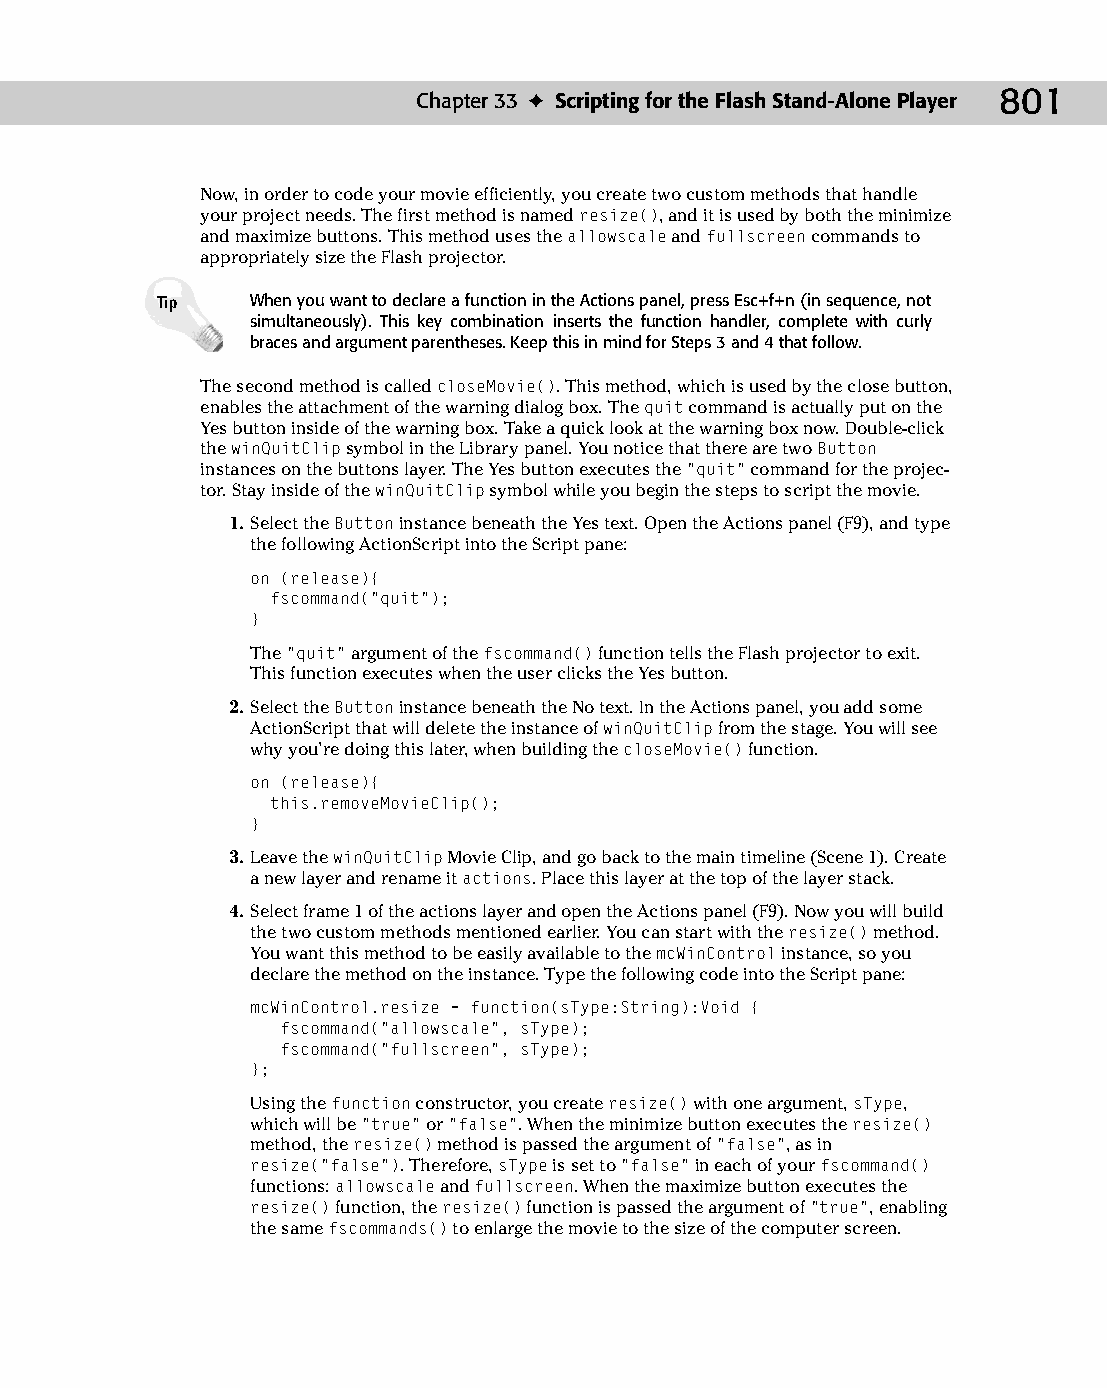
43 543547 ch33.qxd 3/24/04 4:16 PM Page 801
 Chapter 33 ✦ Scripting for the Flash Stand-Alone Player 801
 Now, in order to code your movie efficiently, you create two custom methods that handle
 your project needs. The first method is named resize(), and it is used by both the minimize
 and maximize buttons. This method uses the allowscale and fullscreen commands to
 appropriately size the Flash projector.
 Tip    When you want to declare a function in the Actions panel, press Esc+f+n (in sequence, not
 simultaneously). This key combination inserts the function handler, complete with curly
 braces and argument parentheses. Keep this in mind for Steps 3 and 4 that follow.
 The second method is called closeMovie(). This method, which is used by the close button,
 enables the attachment of the warning dialog box. The quit command is actually put on the
 Yes button inside of the warning box. Take a quick look at the warning box now. Double-click
 the winQuitClip symbol in the Library panel. You notice that there are two Button
 instances on the buttons layer. The Yes button executes the “quit” command for the projec­
 tor. Stay inside of the winQuitClip symbol while you begin the steps to script the movie.
 1. Select the Button instance beneath the Yes text. Open the Actions panel (F9), and type
 the following ActionScript into the Script pane:
 on (release){
 fscommand(“quit”);
 }
 The “quit” argument of the fscommand() function tells the Flash projector to exit.
 This function executes when the user clicks the Yes button.
 2. Select the Button instance beneath the No text. In the Actions panel, you add some
 ActionScript that will delete the instance of winQuitClip from the stage. You will see
 why you’re doing this later, when building the closeMovie() function.
 on (release){
 this.removeMovieClip();
 }
 3. Leave the winQuitClip Movie Clip, and go back to the main timeline (Scene 1). Create
 a new layer and rename it actions. Place this layer at the top of the layer stack.
 4. Select frame 1 of the actions layer and open the Actions panel (F9). Now you will build
 the two custom methods mentioned earlier. You can start with the resize() method.
 You want this method to be easily available to the mcWinControl instance, so you
 declare the method on the instance. Type the following code into the Script pane:
 mcWinControl.resize = function(sType:String):Void {
 fscommand(“allowscale”, sType);
 fscommand(“fullscreen”, sType);
 };
 Using the function constructor, you create resize() with one argument, sType,
 which will be “true” or “false”. When the minimize button executes the resize()
 method, the resize() method is passed the argument of “false”, as in
 resize(“false”). Therefore, sType is set to “false” in each of your fscommand()
 functions: allowscale and fullscreen. When the maximize button executes the
 resize() function, the resize() function is passed the argument of “true”, enabling
 the same fscommands() to enlarge the movie to the size of the computer screen.